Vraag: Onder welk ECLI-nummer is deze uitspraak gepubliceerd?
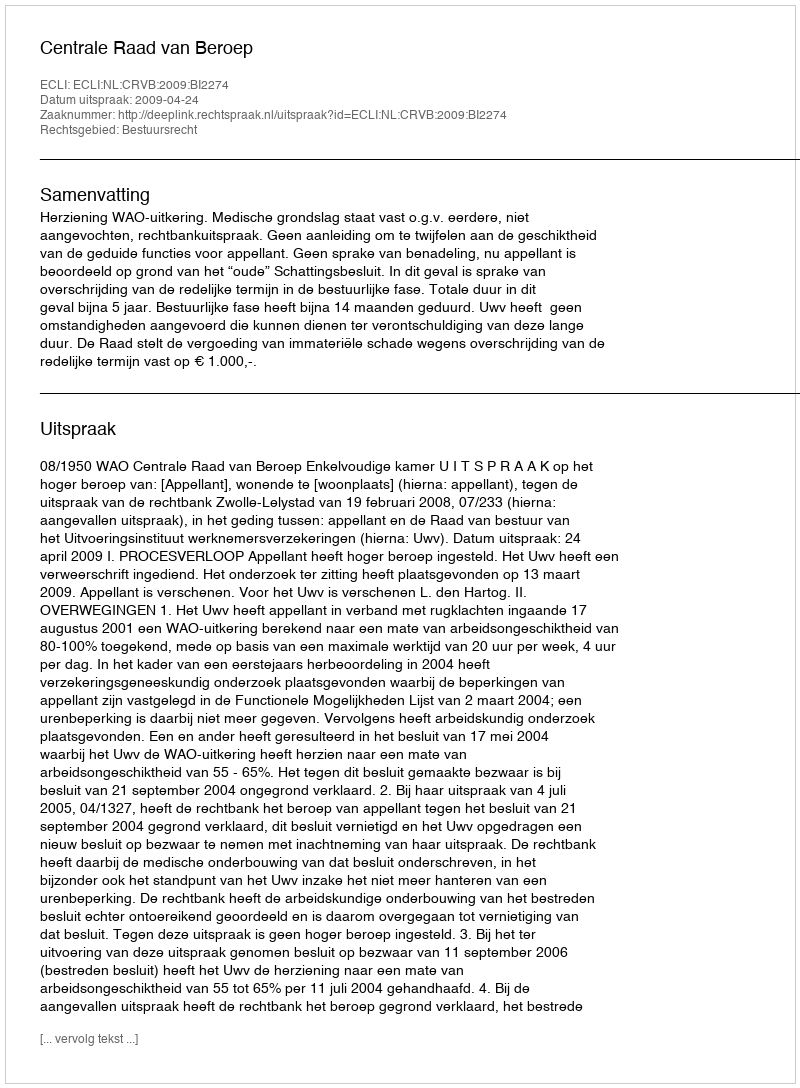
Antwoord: ECLI:NL:CRVB:2009:BI2274